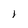
Character: 1